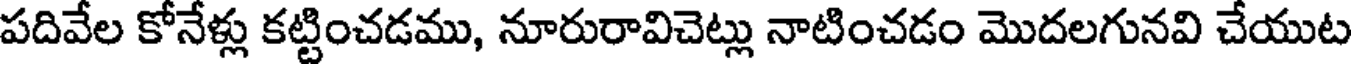
పదివేల కోనేళ్లు కట్టించడము, నూరురావిచెట్లు నాటించడం మొదలగునవి చేయుట